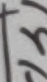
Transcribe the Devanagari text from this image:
राई